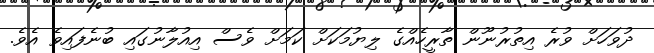
ދުވަހަށް ވުރެ އިތުރުނޫން ތާރީހެއްގެ ލިޔުމަކަށް ކަމަށް ވެސް އިއުލާނުގައި ބުނެފައިވެ އެވެ.